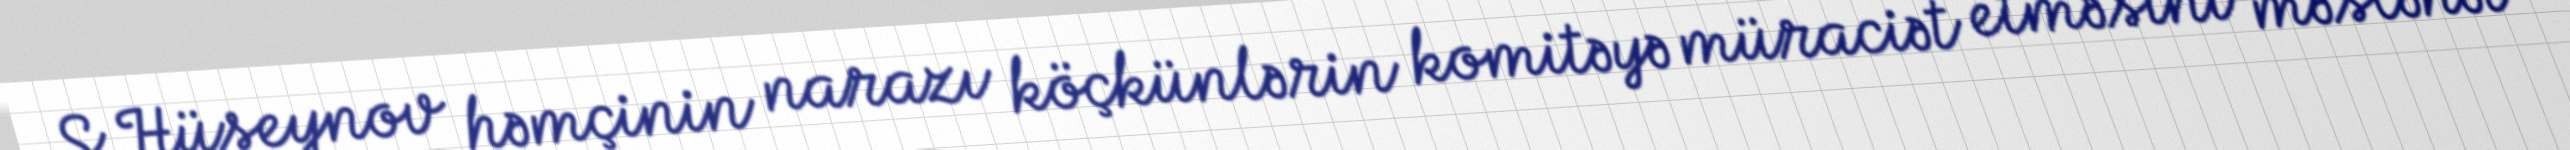
S.Hüseynov həmçinin narazı köçkünlərin komitəyə müraciət etməsini məsləhət